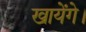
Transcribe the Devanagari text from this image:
खायेंगे।